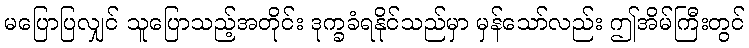
မပြောပြလျှင် သူပြောသည့်အတိုင်း ဒုက္ခခံရနိုင်သည်မှာ မှန်သော်လည်း ဤအိမ်ကြီးတွင်